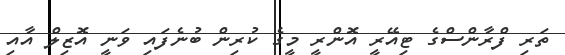
ތަރި ފްރާންސްގެ ޓިއޭރީ އޮންރީ މީގެ ކުރިން ބުނެފައި ވަނީ އޮޒިލް އާއި